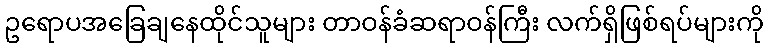
ဥရောပအခြေချနေထိုင်သူများ တာဝန်ခံဆရာဝန်ကြီး လက်ရှိဖြစ်ရပ်များကို